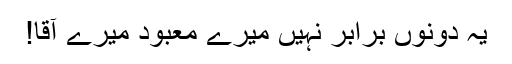
یہ دونوں برابر نہیں میرے معبود میرے آقا!